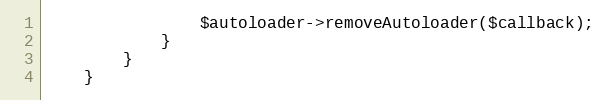
Language: PHP
                $autoloader->removeAutoloader($callback);
            }
        }
    }